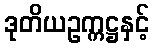
ဒုတိယဥက္ကဋ္ဌနှင့်